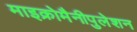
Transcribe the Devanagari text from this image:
माइक्रोमैनीपुलेशन